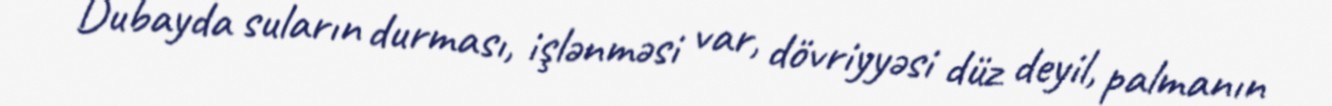
Dubayda suların durması, işlənməsi var, dövriyyəsi düz deyil, palmanın